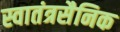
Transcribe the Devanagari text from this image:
स्वातंत्रसैनिक